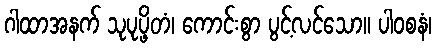
ဂါထာအနက် သုပုပ္ဖိတံ၊ ကောင်းစွာ ပွင့်လင်သော။ ပါဝစနံ၊